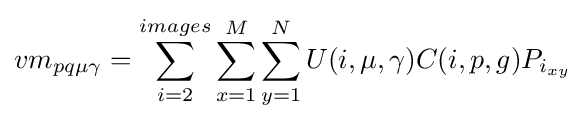
vm_{pq\mu \gamma }=\sum _{i=2}^{images}\sum _{x=1}^{M}\sum _{y=1}^{N}U(i,\mu ,\gamma )C(i,p,g)P_{i_{xy}}